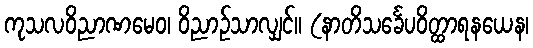
ကုသလဝိညာဏမေဝ၊ ဝိညာဉ်သာလျှင်။ (နာတိသင်္ခေပဝိတ္ထာရနယေန၊